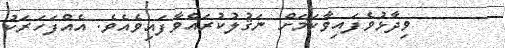
ވިދާޅުވެފައިވާކަމަށް ނަޤުލުކުރައްވާފައިވެއެވެ. އެއްފަހަރަކު